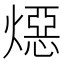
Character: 𪹪